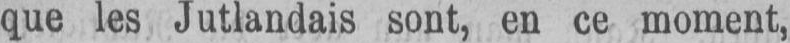
que les Jutlandais sont, en ce moment,